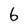
Character: 6